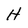
Character: H